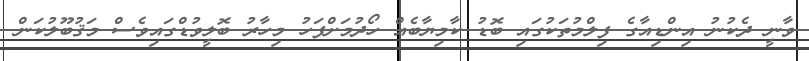
ވާނީ ދެކުނު އިންޑިއާގެ ފިލްމުތަކުގައި ބޮޑު ކާމިޔާބެއް ހޯދުމަށްފަހު މިހާރު ބޮލީވުޑްގައިވެސް މަޤުބޫލުކަން